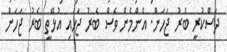
ދަސްކުރީ ބެރު ޖަހަން. އެންމެން ވެސް ބެރު ޖަހައި އުޅޭތީ ބެރު ޖަހަން